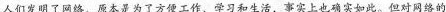
人们发明了网络，原本是为了方便工作、学习和生活，事实上也确实如此。但对网络的